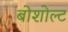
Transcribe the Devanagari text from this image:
बोशोल्ट